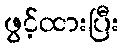
ဖွင့်ထားပြီး